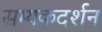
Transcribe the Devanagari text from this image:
सम्यकदर्शन